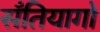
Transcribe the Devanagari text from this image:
सॅंतियागो